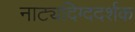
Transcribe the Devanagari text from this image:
नाट्यदिग्ददर्शक